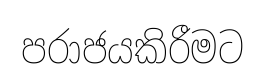
පරාජයකිරීමට